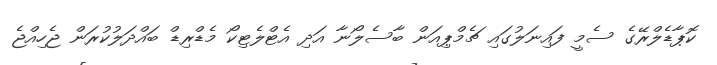
ކޮޕާޑެލްރޭގެ ސެމީ ފައިނަލުގައި ޗެމްޕިއަން ބާސެލޯނާ އަދި އެޓްލެޓިކޯ މެޑްރިޑް ބައްދަލުކުރަން ޖެހިއްޖެ